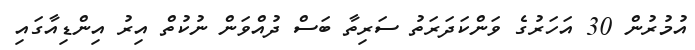
އުމުރުން 30 އަހަރުގެ ވަންކަދަރަތު ސަރިތާ ބަސް ދުއްވަން ނުކުތް އިރު އިންޑިއާގައި